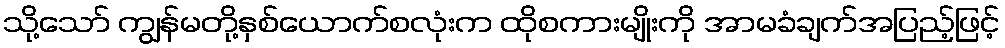
သို့သော် ကျွန်မတို့နှစ်ယောက်စလုံးက ထိုစကားမျိုးကို အာမခံချက်အပြည့်ဖြင့်